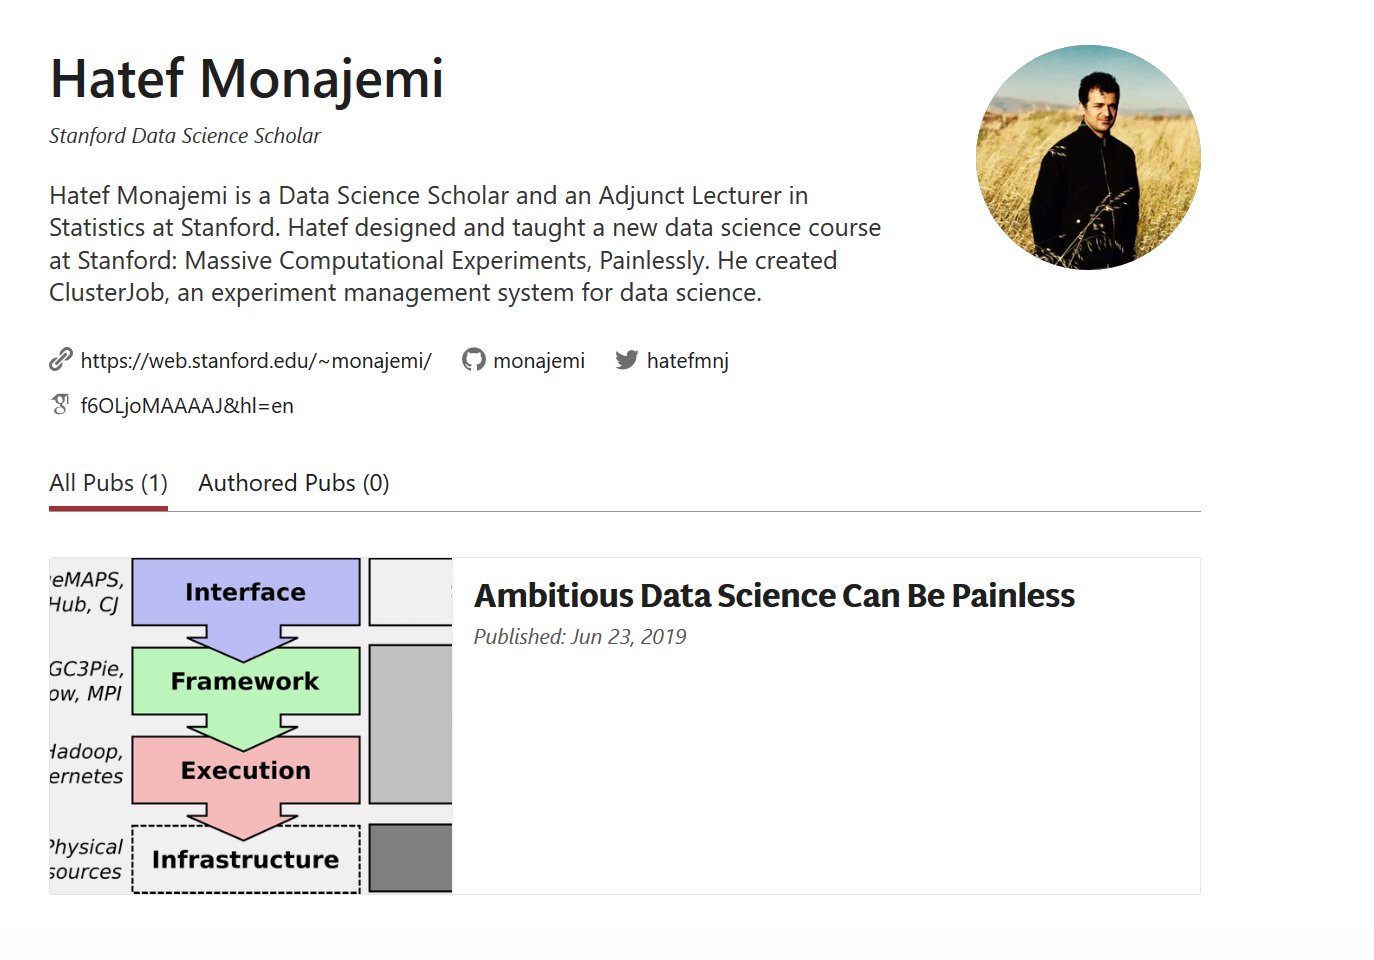
Hatef    Monajemi
    Hatef Monajemi is a Data Science Scholar and an Adjunct Lecturer in
    Statistics at Stanford. Hatef designed and taught a new data science course
    at Stanford: Massive Computational Experiments, Painlessly. He created
    ClusterJob, an experiment management system for data science.
    Stanford Data Science Scholar
     https://web.stanford.edu/~monajemi/
     fEOLjoMAAAAJ&hI=en
     monajemi   hatefmnj
     Interface
     Framework
     Execution
     Infrastructure
     Authored Pubs (0) All Pubs (1)
     Ambitious    Data  Science  Can  Be  Painless
     Published: Jun 23, 2019